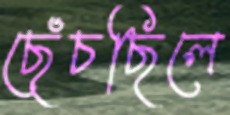
ছেঁচছিলে